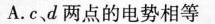
A.c、d两点的电势相等